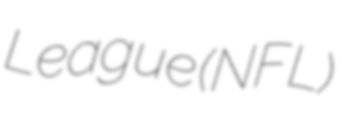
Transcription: League (NFL)